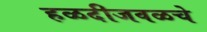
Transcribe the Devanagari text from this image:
हळदीजवळचे